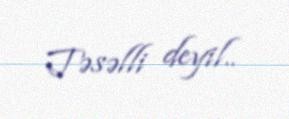
Təsəlli deyil..